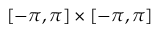
[ - \pi , \pi ] \times [ - \pi , \pi ]